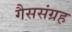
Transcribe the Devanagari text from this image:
गैससंग्रह